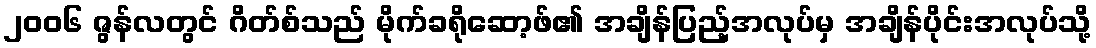
၂၀၀၆ ဇွန်လတွင် ဂိတ်စ်သည် မိုက်ခရိုဆော့ဖ်၏ အချိန်ပြည့်အလုပ်မှ အချိန်ပိုင်းအလုပ်သို့